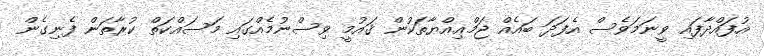
އުފައްދާފައި ވީނަމަވެސް އެފަދަ ބައެއް ޖަމްޢިއްޔާތަކުން ޤައުމީ ވިސްނުމެއްގައި މަސައްކަތް ކުރާތަން ފެނިގެން